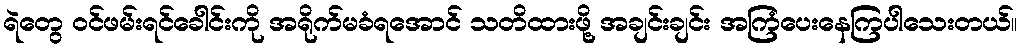
ရဲတွေ ဝင်ဖမ်းရင်ခေါင်းကို အရိုက်မခံရအောင် သတိထားဖို့ အချင်းချင်း အကြံပေးနေကြပါသေးတယ်။